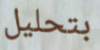
بتحليل